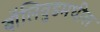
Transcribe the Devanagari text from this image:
बॉलिवुडमधील